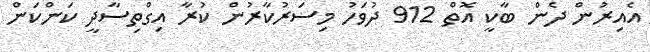
އެއިރުން ދެން ބާކީ އޮތް 912 ދުވަހު މިސަރުކާރުން ކުރާ އިގްތިސާދީ ކަންކަން